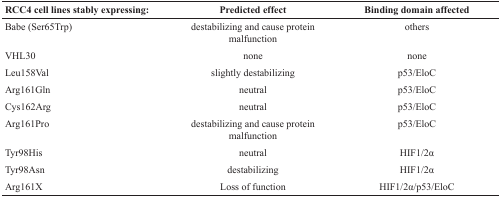
<table><thead><tr><td><b>RCC4 cell lines stably expressing:</b></td><td><b>Predicted effect</b></td><td><b>Binding domain affected</b></td></tr></thead><tbody><tr><td>Babe (Ser65Trp)</td><td>destabilizing and cause protein malfunction</td><td>others</td></tr><tr><td>VHL30</td><td>none</td><td>none</td></tr><tr><td>Leu158Val</td><td>slightly destabilizing</td><td>p53/EloC</td></tr><tr><td>Arg161Gln</td><td>neutral</td><td>p53/EloC</td></tr><tr><td>Cys162Arg</td><td>neutral</td><td>p53/EloC</td></tr><tr><td>Arg161Pro</td><td>destabilizing and cause protein malfunction</td><td>p53/EloC</td></tr><tr><td>Tyr98His</td><td>neutral</td><td>HIF1/2α</td></tr><tr><td>Tyr98Asn</td><td>destabilizing</td><td>HIF1/2α</td></tr><tr><td>Arg161X</td><td>Loss of function</td><td>HIF1/2α/p53/EloC</td></tr></tbody></table>